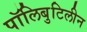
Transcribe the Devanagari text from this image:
पॉलिबुटिलीन